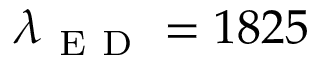
\lambda _ { \mathrm { ~ E ~ D ~ } } = 1 8 2 5